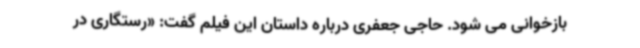
بازخوانی می شود. حاجی جعفری درباره داستان این فیلم گفت: «رستگاری در